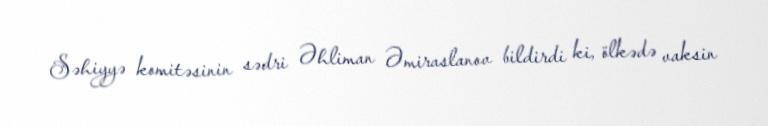
Səhiyyə komitəsinin sədri Əhliman Əmiraslanov bildirdi ki, ölkədə vaksin